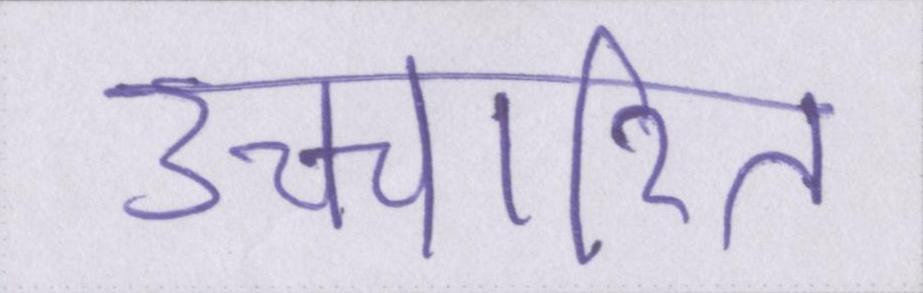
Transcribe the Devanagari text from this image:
उच्चारित